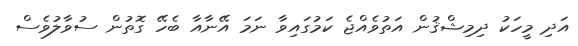
އަދި މީހަކު ދިމިޝްޤުން އަތުވެއްޖެ ކަމުގައިވާ ނަމަ އޭނާއާ ބެހޭ ގޮތުން ސުވާލުވެސް